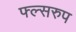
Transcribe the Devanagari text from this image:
फ्ल्सरुप